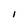
Character: I